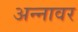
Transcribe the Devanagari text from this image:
अन्‍नावर